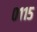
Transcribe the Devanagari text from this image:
०११५